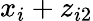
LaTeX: x_{i}+z_{i2}